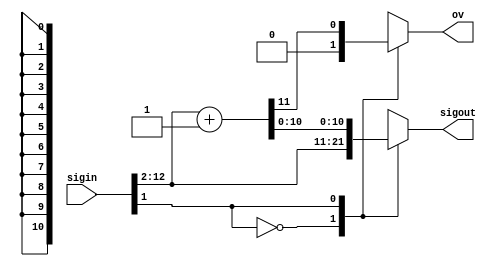
module rounder (sigin, sigout, ov);

input [12:0] sigin;
output reg [10:0] sigout;
output reg ov;

always @ (*) begin
    ov = 1'b0;
    case (sigin[1])
    1'b0: sigout[10:0] = sigin[12:2];
    1'b1: {ov, sigout[10:0]} = sigin[12:2] + 1'b1;
    endcase
    
end

endmodule